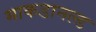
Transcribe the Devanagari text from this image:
माकडानल्ड